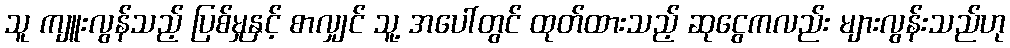
သူ ကျူးလွန်သည့် ပြစ်မှုနှင့် စာလျှင် သူ့ အပေါ်တွင် ထုတ်ထားသည့် ဆုငွေကလည်း များလွန်းသည်ဟု